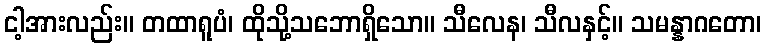
ငါ့အားလည်း။ တထာရူပံ၊ ထိုသို့သဘောရှိသော။ သီလေန၊ သီလနှင့်။ သမန္နာဂတော၊